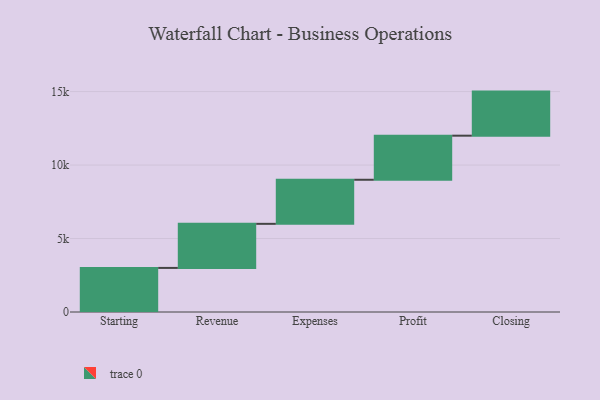
{"axis": {"x": "Step", "y": "Value"}, "legend": [""], "data": [{"x": "Starting", "y": 3000, "type": ""}, {"x": "Revenue", "y": 3000, "type": ""}, {"x": "Expenses", "y": 3000, "type": ""}, {"x": "Profit", "y": 3000, "type": ""}, {"x": "Closing", "y": 3000, "type": ""}]}